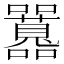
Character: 𡅻